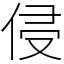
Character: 侵